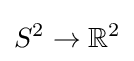
S^{2}\to \mathbb {R} ^{2}